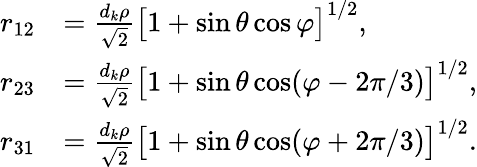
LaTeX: \begin{array}{rl}{r_{12}}&{=\frac{d_{k}\rho}{\sqrt{2}}\big[1+\sin\theta\cos\varphi\big]^{1/2},}\\ {r_{23}}&{=\frac{d_{k}\rho}{\sqrt{2}}\big[1+\sin\theta\cos(\varphi-2\pi/3)\big]^{1/2},}\\ {r_{31}}&{=\frac{d_{k}\rho}{\sqrt{2}}\big[1+\sin\theta\cos(\varphi+2\pi/3)\big]^{1/2}.}\end{array}